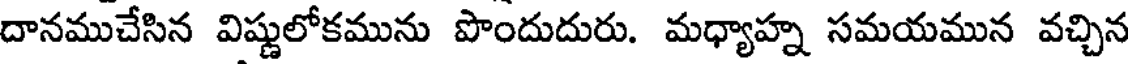
దానముచేసిన విష్ణులోకమును పొందుదురు. మధ్యాహ్న సమయమున వచ్చిన